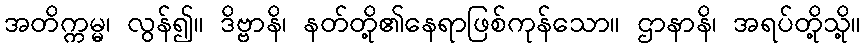
အတိက္ကမ္မ၊ လွန်၍။ ဒိဗ္ဗာနိ၊ နတ်တို့၏နေရာဖြစ်ကုန်သော။ ဌာနာနိ၊ အရပ်တို့သို့။